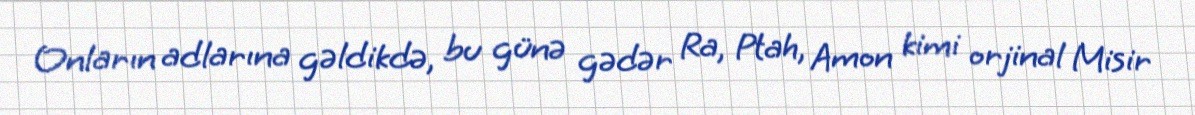
Onların adlarına gəldikdə, bu günə gədər Ra, Ptah, Amon kimi orjinal Misir